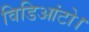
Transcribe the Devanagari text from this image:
विडिआंटो।